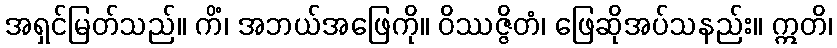
အရှင်မြတ်သည်။ ကိံ၊ အဘယ်အဖြေကို။ ဝိဿဇ္ဇိတံ၊ ဖြေဆိုအပ်သနည်း။ ဣတိ၊